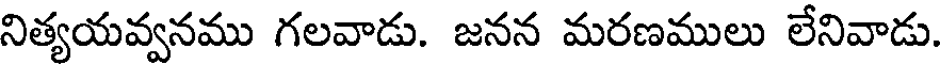
నిత్యయవ్వనము గలవాడు. జనన మరణములు లేనివాడు.